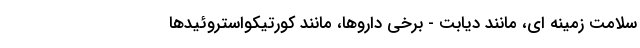
سلامت زمینه ای، مانند دیابت - برخی داروها، مانند کورتیکواستروئیدها